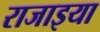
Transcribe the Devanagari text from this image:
राजाइया